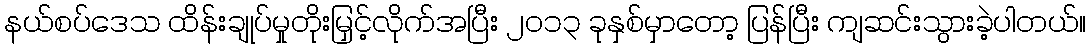
နယ်စပ်ဒေသ ထိန်းချုပ်မှုတိုးမြှင့်လိုက်အပြီး ၂၀၁၃ ခုနှစ်မှာတော့ ပြန်ပြီး ကျဆင်းသွားခဲ့ပါတယ်။